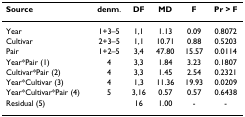
| Source | denm. | DF | MD | F | Pr > F |
 | --- | --- | --- | --- | --- | --- |
 | Year | 1+3–5 | 1,1 | 1.13 | 0.09 | 0.8072 |
 | Cultivar | 2+3–5 | 1,1 | 10.71 | 0.88 | 0.5203 |
 | Pair | 1+2–5 | 3,4 | 47.80 | 15.57 | 0.0114 |
 | Year*Pair (1) | 4 | 3,3 | 1.84 | 3.23 | 0.1807 |
 | Cultivar*Pair (2) | 4 | 3,3 | 1.45 | 2.54 | 0.2321 |
 | Year*Cultivar (3) | 4 | 1,3 | 11.36 | 19.93 | 0.0209 |
 | Year*Cultivar*Pair (4) | 5 | 3,16 | 0.57 | 0.57 | 0.6438 |
 | Residual (5) |  | 16 | 1.00 | - | - |